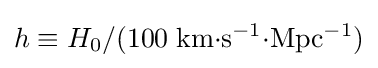
h\equiv H_{0}/(100\;\mathrm {km{\cdot }s^{-1}{\cdot }Mpc^{-1}} )